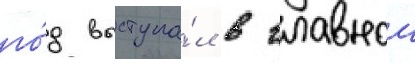
го́д выступа́л в главнои